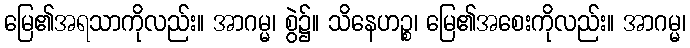
မြေ၏အရသာကိုလည်း။ အာဂမ္မ၊ စွဲ၌။ သိနေဟဉ္စ၊ မြေ၏အစေးကိုလည်း။ အာဂမ္မ၊